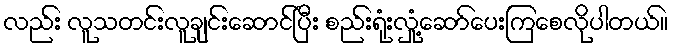
လည်း လူသတင်းလူချင်းဆောင်ပြီး စည်းရုံးလှုံ့ဆော်ပေးကြစေလိုပါတယ်။